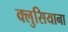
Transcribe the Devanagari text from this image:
क्लुसियाना